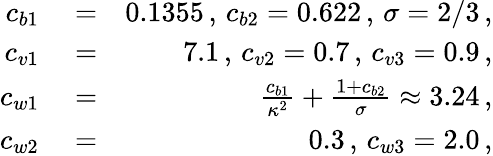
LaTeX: \begin{array}{rlr}{c_{b1}}&{{}=}&{0.1355\, ,\, c_{b2}=0.622\, ,\, \sigma=2/3\, ,}\\ {c_{v1}}&{{}=}&{7.1\, ,\, c_{v2}=0.7\, ,\, c_{v3}=0.9\, ,}\\ {c_{w1}}&{{}=}&{\frac{c_{b1}}{\kappa^{2}}+\frac{1+c_{b2}}{\sigma}\approx 3.24\, ,}\\ {c_{w2}}&{{}=}&{0.3\, ,\, c_{w3}=2.0\, ,}\end{array}